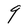
Character: q